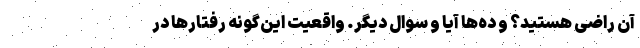
آن راضی هستید؟ و ده‌ها آیا و سوال دیگر. واقعیت این‌گونه رفتارها در